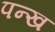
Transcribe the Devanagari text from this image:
पन्ख